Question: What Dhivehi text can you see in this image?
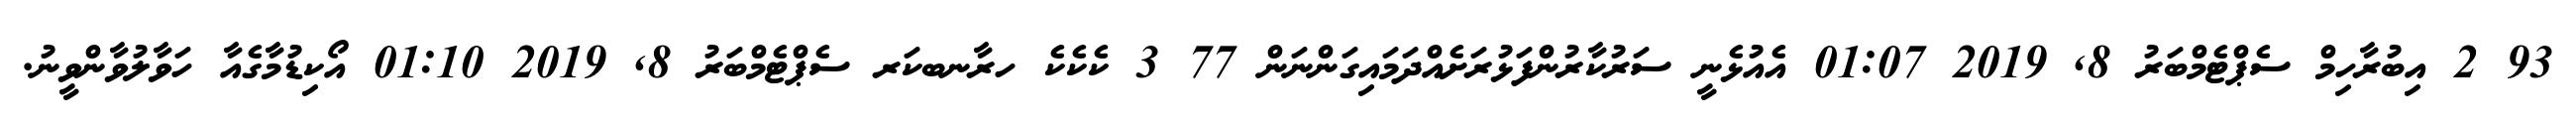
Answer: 93 2 އިބުރާހިމް ސެޕްޓެމްބަރު 8, 2019 01:07 އެއުޅެނީ ސަރުކާރުންފަޅުރަށެއްދަމައިގަންނަން 77 3 ކެކެކެ ހރާނބކަރ ސެޕްޓެމްބަރު 8, 2019 01:10 އޯކިޑުމާގެއާ ހަވާލުވާންވީނު.